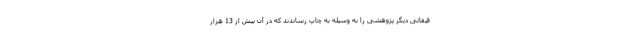
قیقاتی دیگر پژوهشی را به وسیله به چاپ رساندند که در آن بیش از 13 هزار